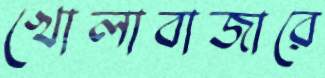
খোলাবাজারে